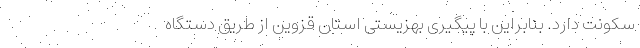
سکونت دارد. بنابراین با پیگیری بهزیستی استان قزوین از طریق دستگاه